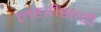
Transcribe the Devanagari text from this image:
लहरींसाठी